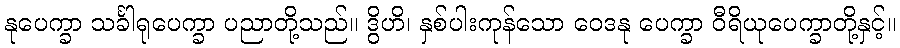
နုပေက္ခာ သင်္ခါရုပေက္ခာ ပညာတို့သည်။ ဒွိဟိ၊ နှစ်ပါးကုန်သော ဝေဒနု ပေက္ခာ ဝီရိယုပေက္ခာတို့နှင့်။